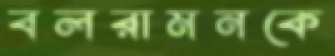
বলরামনকে